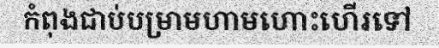
កំពុងជាប់បម្រាមហាមហោះហើរទៅ